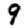
Digit: 9